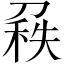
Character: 𠞠